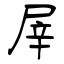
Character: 屖